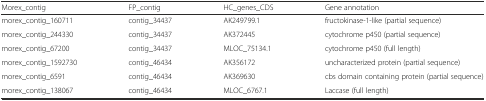
<table><thead><tr><td><b>Morex_contig</b></td><td><b>FP_contig</b></td><td><b>HC_genes_CDS</b></td><td><b>Gene annotation</b></td></tr></thead><tbody><tr><td>morex_contig_160711</td><td>contig_34437</td><td>AK249799.1</td><td>fructokinase-1-like (partial sequence)</td></tr><tr><td>morex_contig_244330</td><td>contig_34437</td><td>AK372445</td><td>cytochrome p450 (partial sequence)</td></tr><tr><td>morex_contig_67200</td><td>contig_34437</td><td>MLOC_75134.1</td><td>cytochrome p450 (full length)</td></tr><tr><td>morex_contig_1592730</td><td>contig_46434</td><td>AK356172</td><td>uncharacterized protein (partial sequence)</td></tr><tr><td>morex_contig_6591</td><td>contig_46434</td><td>AK369630</td><td>cbs domain containing protein (partial sequence)</td></tr><tr><td>morex_contig_138067</td><td>contig_46434</td><td>MLOC_6767.1</td><td>Laccase (full length)</td></tr></tbody></table>